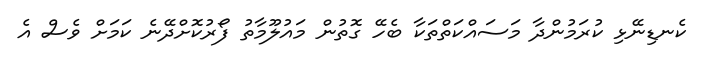
ކެނޑިނޭޅި ކުރަމުންދާ މަސައްކަތްތަކާ ބެހޭ ގޮތުން މައުލޫމާތު ފޯރުކޮށްދޭނެ ކަމަށް ވެސް އެ